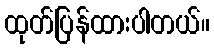
ထုတ်ပြန်ထားပါတယ်။